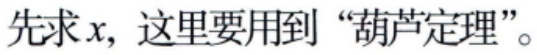
先求\(x\)，这里要用到 “葫芦定理”。